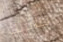
طائرتك